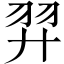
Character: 羿